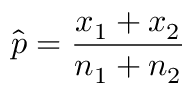
{ \hat { p } } = { \frac { x _ { 1 } + x _ { 2 } } { n _ { 1 } + n _ { 2 } } }